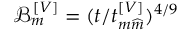
\mathcal { B } _ { m } ^ { \left[ V \right] } = ( t / t _ { m \widehat { m } } ^ { \left[ V \right] } ) ^ { 4 / 9 }